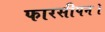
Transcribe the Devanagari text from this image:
फारसीपन।